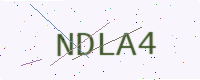
Text: NDLA4